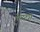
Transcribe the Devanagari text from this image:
घोसदार